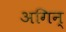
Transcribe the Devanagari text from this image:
अगिन्